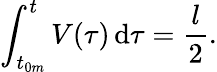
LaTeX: \int_{t_{0m}}^{t}V(\tau)\, \mathrm{d}\tau=\frac{l}{2}.